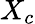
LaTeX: X_{c}